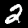
Label: 2